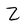
Character: Z